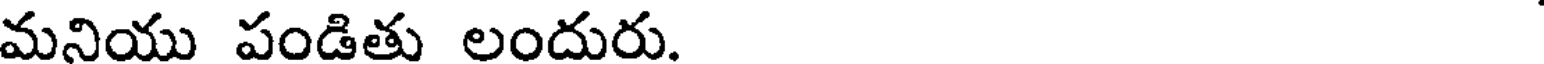
మనియు పండితు లందురు.